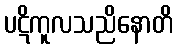
ပဋိကူလသညိနောတိ